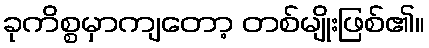
ခုကိစ္စမှာကျတော့ တစ်မျိုးဖြစ်၏။